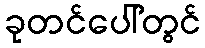
ခုတင်ပေါ်တွင်